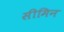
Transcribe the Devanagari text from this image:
सीमिन